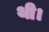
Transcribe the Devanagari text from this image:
थी।